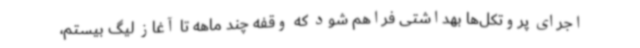
اجرای پروتکل‌ها بهداشتی فراهم شود که وقفه چند ماهه تا آغاز لیگ بیستم،